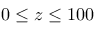
0 \le z \le 1 0 0